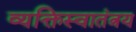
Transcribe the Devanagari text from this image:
व्यक्तिस्वातंत्रय